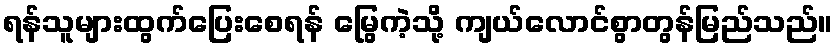
ရန်သူများထွက်ပြေးစေရန် မြွေကဲ့သို့ ကျယ်လောင်စွာတွန်မြည်သည်။